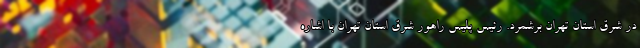
در شرق استان تهران برشمرد. رئیس پلیس راهور شرق استان تهران با اشاره